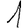
Digit: 1